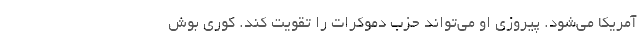
آمریکا می‌شود. پیروزی او می‌تواند حزب دموکرات را تقویت کند. کوری بوش